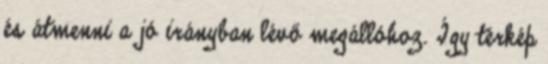
és átmenni a jó irányban lévő megállóhoz. Így térkép